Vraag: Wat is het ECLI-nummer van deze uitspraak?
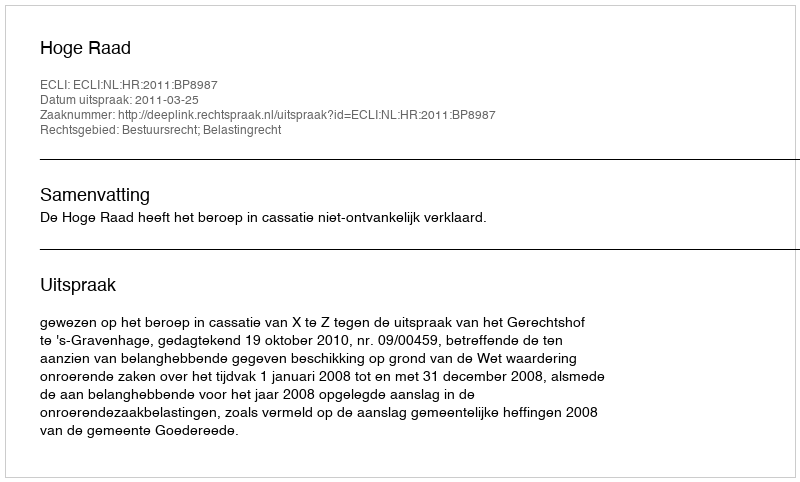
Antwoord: ECLI:NL:HR:2011:BP8987